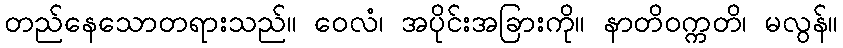
တည်နေသောတရားသည်။ ဝေလံ၊ အပိုင်းအခြားကို။ နာတိဝက္ကတိ၊ မလွန်။